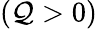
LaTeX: (\mathcal{Q}>0)